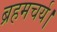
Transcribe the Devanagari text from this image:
ब्रहमचर्य।